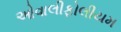
ઓવાલીફોલીયમ